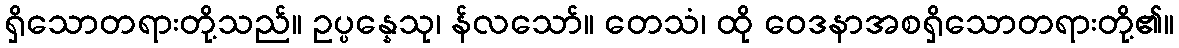
ရှိသောတရားတို့သည်။ ဥပ္ပန္နေသု၊ န်လသော်။ တေသံ၊ ထို ဝေဒနာအစရှိသောတရားတို့၏။